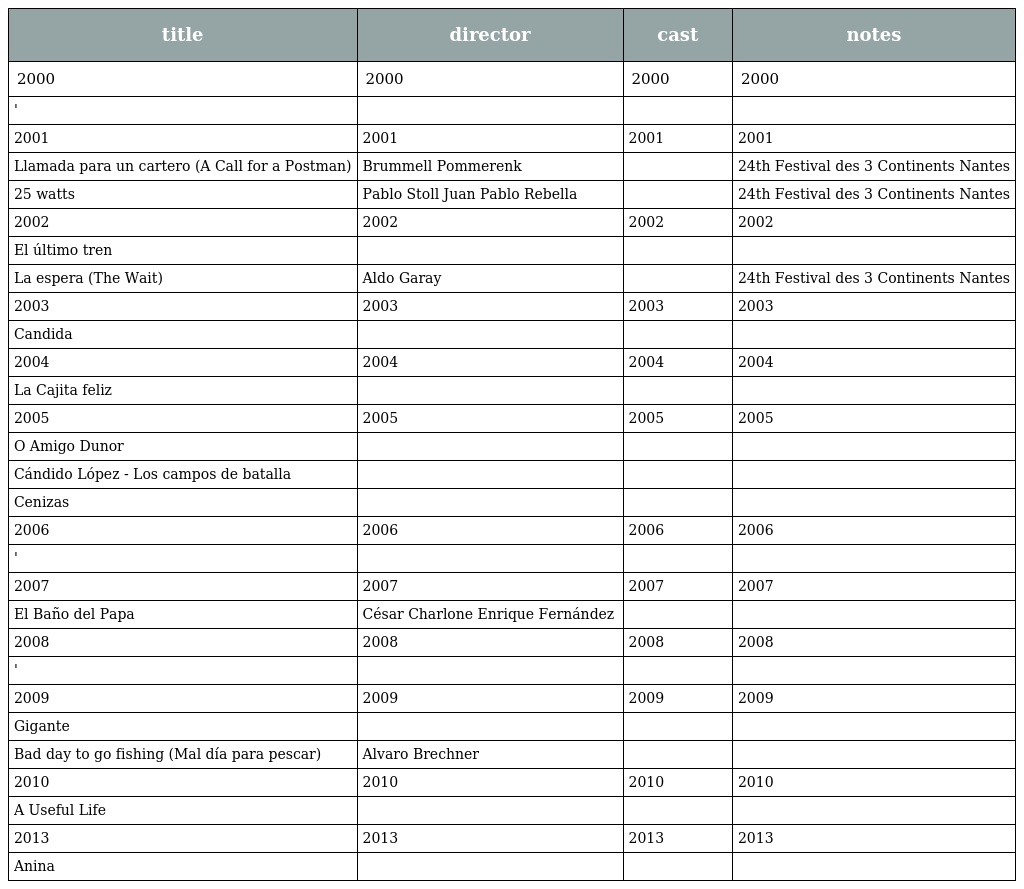
| title | director | cast | notes |
 | --- | --- | --- | --- |
 | 2000 | 2000 | 2000 | 2000 |
 | ' |  |  |  |
 | 2001 | 2001 | 2001 | 2001 |
 | Llamada para un cartero (A Call for a Postman) | Brummell Pommerenk |  | 24th Festival des 3 Continents Nantes |
 | 25 watts | Pablo Stoll Juan Pablo Rebella |  | 24th Festival des 3 Continents Nantes |
 | 2002 | 2002 | 2002 | 2002 |
 | El último tren |  |  |  |
 | La espera (The Wait) | Aldo Garay |  | 24th Festival des 3 Continents Nantes |
 | 2003 | 2003 | 2003 | 2003 |
 | Candida |  |  |  |
 | 2004 | 2004 | 2004 | 2004 |
 | La Cajita feliz |  |  |  |
 | 2005 | 2005 | 2005 | 2005 |
 | O Amigo Dunor |  |  |  |
 | Cándido López - Los campos de batalla |  |  |  |
 | Cenizas |  |  |  |
 | 2006 | 2006 | 2006 | 2006 |
 | ' |  |  |  |
 | 2007 | 2007 | 2007 | 2007 |
 | El Baño del Papa | César Charlone Enrique Fernández |  |  |
 | 2008 | 2008 | 2008 | 2008 |
 | ' |  |  |  |
 | 2009 | 2009 | 2009 | 2009 |
 | Gigante |  |  |  |
 | Bad day to go fishing (Mal día para pescar) | Alvaro Brechner |  |  |
 | 2010 | 2010 | 2010 | 2010 |
 | A Useful Life |  |  |  |
 | 2013 | 2013 | 2013 | 2013 |
 | Anina |  |  |  |